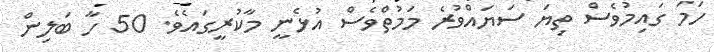
ހަމަ ގައިމުވެސް ތިޔަ ސަޔައްވުރެ މަމުތްވެސް އުޅެނީ މާކުރީގައެވެ. 50 ހާ ބަލިން